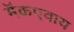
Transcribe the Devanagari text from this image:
मॅकएवाय